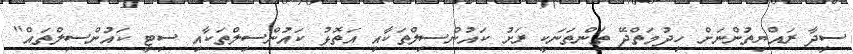
ސީދާ ރައްޔިތުންނަށް ހިދުމަތްދޭ ތަންތަނަކީ ރަށު ކައުންސިލްތަކާއި އަތޮޅު ކައުންސިލްތަކާއި ސިޓީ ކައުންސިލްތައް"